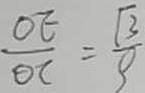
\frac { O E } { O C } = \frac { \sqrt { 3 } } { 9 }